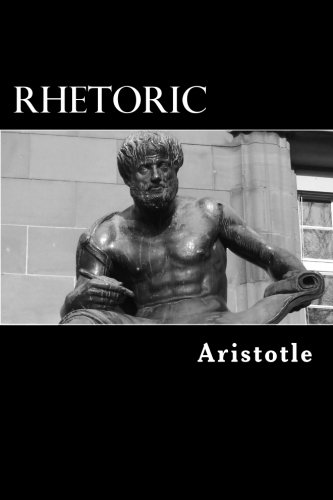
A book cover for Rhetoric; Aristotle; Politics & Social Sciences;